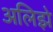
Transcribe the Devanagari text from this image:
अलिझे